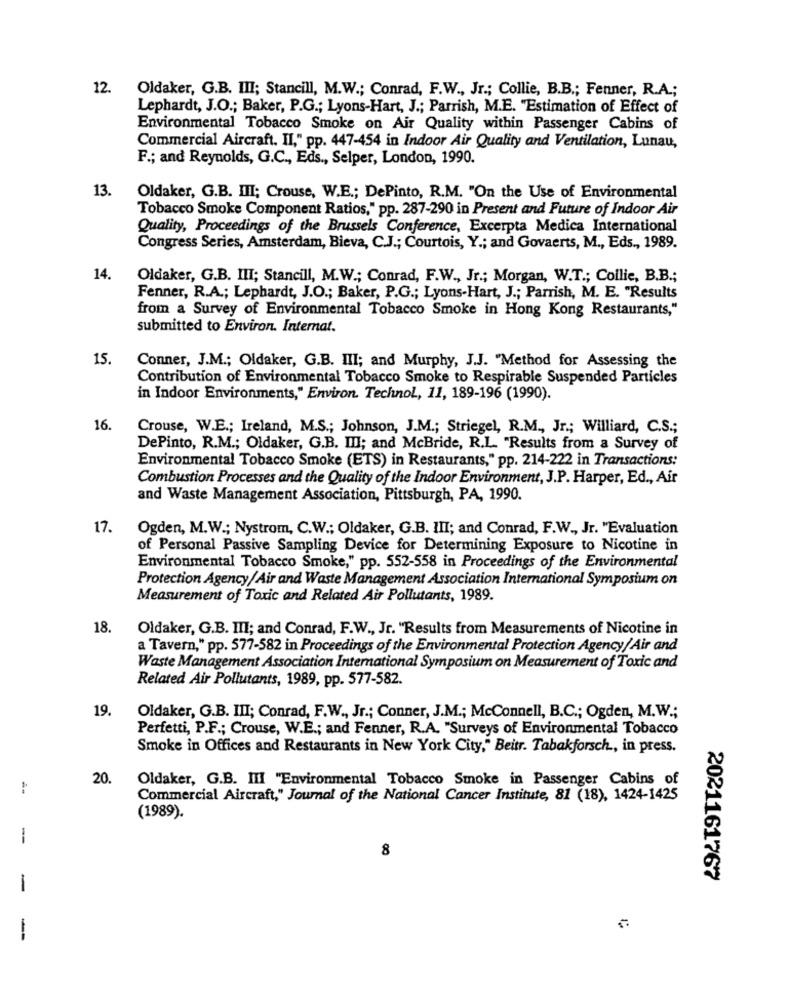
12.
Oldaker, G.B. III; Stancill, M.W .; Conrad, F.W ., Jr .; Collie, B.B .; Fenner, R.A .;
Lephardt, J.O .; Baker, P.G .; Lyons-Hart, J .; Parrish, M.E. "Estimation of Effect of
Environmental Tobacco Smoke on Air Quality within Passenger Cabins of
Commercial Aircraft. II," pp. 447-454 in Indoor Air Quality and Ventilation, Lunau,
F .; and Reynolds, G.C ., Eds ., Selper, London, 1990.
13.
Oldaker, G.B. III; Crouse, W.E .; DePinto, R.M. "On the Use of Environmental
Tobacco Smoke Component Ratios," pp. 287-290 in Present and Future of Indoor Air
Quality, Proceedings of the Brussels Conference, Excerpta Medica International
Congress Series, Amsterdam, Bieva, C.J .; Courtois, Y .; and Govaerts, M ., Eds ., 1989.
14.
Oldaker, G.B. III; Stancill, M.W .; Conrad, F.W ., Jr .; Morgan, W.T .; Collie, B.B .;
Fenner, R.A .; Lephardt, J.O .; Baker, P.G .; Lyons-Hart, J .; Parrish, M. E. "Results
from a Survey of Environmental Tobacco Smoke in Hong Kong Restaurants,"
submitted to Environ. Internat.
15.
Conner, J.M .; Oldaker, G.B. III; and Murphy, J.J. "Method for Assessing the
Contribution of Environmental Tobacco Smoke to Respirable Suspended Particles
in Indoor Environments," Environ. Technol, 11, 189-196 (1990).
16.
Crouse, W.E .; Ireland, M.S .; Johnson, J.M .; Striegel, R.M ., Jr .; Williard, C.S .;
DePinto, R.M .; Oldaker, G.B. III; and McBride, R.L. "Results from a Survey of
Environmental Tobacco Smoke (ETS) in Restaurants," pp. 214-222 in Transactions:
Combustion Processes and the Quality of the Indoor Environment, J.P. Harper, Ed ., Air
and Waste Management Association, Pittsburgh, PA, 1990.
17.
Ogden, M.W .; Nystrom, C.W .; Oldaker, G.B. III; and Conrad, F.W ., Jr. "Evaluation
of Personal Passive Sampling Device for Determining Exposure to Nicotine in
Environmental Tobacco Smoke," pp. 552-558 in Proceedings of the Environmental
Protection Agency/Air and Waste Management Association International Symposium on
Measurement of Toxic and Related Air Pollutants, 1989.
18.
Oldaker, G.B. III; and Conrad, F.W ., Jr. "Results from Measurements of Nicotine in
a Tavern," pp. 577-582 in Proceedings of the Environmental Protection Agency/Air and
Waste Management Association International Symposium on Measurement of Toxic and
Related Air Pollutants, 1989, pp. 577-582.
19.
Oldaker, G.B. III; Conrad, F.W ., Jr .; Conner, J.M .; McConnell, B.C .; Ogden, M.W .;
Perfetti, P.F .; Crouse, W.E .; and Fenner, R.A. "Surveys of Environmental Tobacco
Smoke in Offices and Restaurants in New York City," Beitr. Tabakforsch ., in press.
20.
Oldaker, G.B. III "Environmental Tobacco Smoke in Passenger Cabins of
Commercial Aircraft," Journal of the National Cancer Institute, 81 (18), 1424-1425
(1989).
-
8
2021161767
-
-